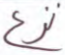
نزع